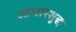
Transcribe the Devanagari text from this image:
आचारशुद्ध